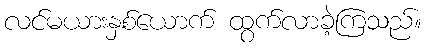
လင်မယားနှစ်ယောက် ထွက်လာခဲ့ကြသည်။